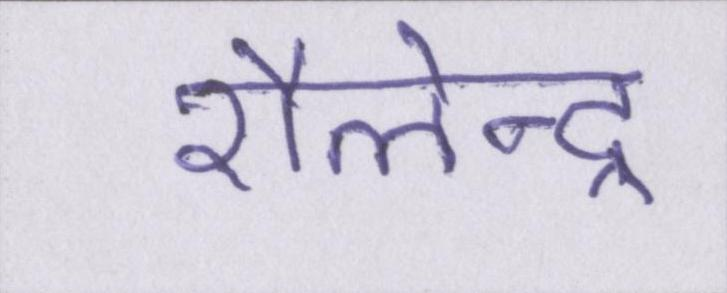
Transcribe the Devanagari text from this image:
शैलेन्द्र